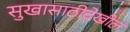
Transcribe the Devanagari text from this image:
सुखासाठीदेखील